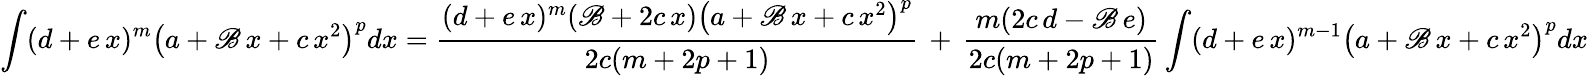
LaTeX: \int(d+e\, x)^{m}\left(a+\mathscr{B}\, x+c\, x^{2}\right)^{p}dx={\frac{{(d+e\, x)^{m}(\mathscr{B}+2c\, x)\left(a+\mathscr{B}\, x+c\, x^{2}\right)^{p}}}{{2c(m+2p+1)}}}\, +\, {\frac{{m(2c\, d-\mathscr{B}\, e)}}{{2c(m+2p+1)}}}\int(d+e\, x)^{m-1}\left(a+\mathscr{B}\, x+c\, x^{2}\right)^{p}dx